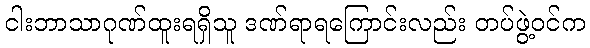
ငါးဘာသာဂုဏ်ထူးရရှိသူ ဒဏ်ရာရကြောင်းလည်း တပ်ဖွဲ့ဝင်က